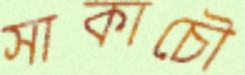
সাকাচৌ